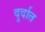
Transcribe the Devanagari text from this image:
दुर्दात